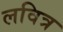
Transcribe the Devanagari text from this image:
लवित्र